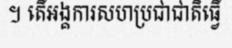
។ តើអង្គការសហប្រជាជាតិធ្វើ